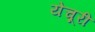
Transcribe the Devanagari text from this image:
येचूरी